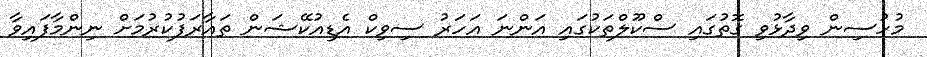
މުހުސިން ވިދާޅުވި ގޮތުގައި ސްކޫލްތަކުގައި އަންނަ އަހަރު ސިވިކް އެޑިއުކޭޝަން ތައާރަފުކުރުމަށް ނިންމާފައިވާ